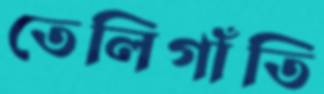
তেলিগাঁতি